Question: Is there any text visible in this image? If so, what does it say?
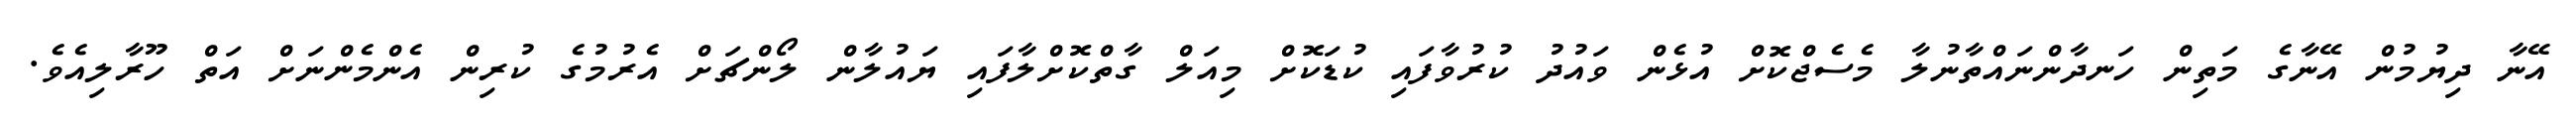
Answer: އޭނާ ދިޔުމުން އޭނާގެ މަތިން ހަނދާންނައްތާނުލާ މެސެޖްކޮށް އުޅެން ވައުދު ކުރުވާފައި ކުޑަކޮށް މިއަލް ގާތްކޮށްލާފައި ޔައުލާން ލޯންޗަށް އެރުމުގެ ކުރިން އެންމެންނަށް އަތް ހޫރާލިއެވެ.